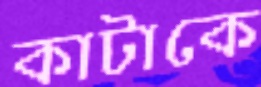
কাটাকে